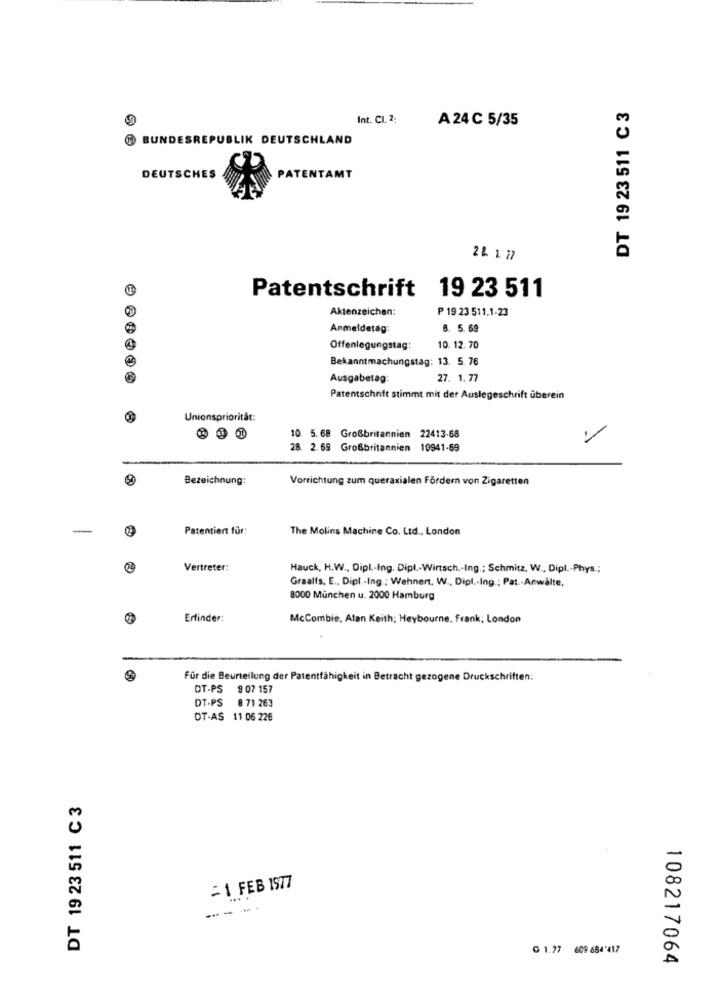
DT 19 23 511 C 3
Int. CI. 2;
A 24 C 5/35
BUNDESREPUBLIK DEUTSCHLAND
DEUTSCHES
PATENTAMT
28. 1 77
Patentschrift
19 23 511
Aktenzeichen:
₱ 19 23 511.1-23
Anmeldetag:
8. 5. 69
Offenlegungstag:
10. 12. 70
Bekanntmachungstag: 13. 5. 76
Ausgabetag:
27. 1.77
Patentschrift stimmt mit der Auslegeschrift überein
Unionsprioritat:
10. 5.68 Großbritannien 22413-68
28. 2.69 Großbritannien 10941-69
Bezeichnung:
Vorrichtung zum queraxialen Fordern von Zigaretten
-
Patentiert für:
The Molins Machine Co. Ltd ., London
Vertreter:
Hauck, H.W ., Dipl .- Ing, Dipl .- Wirtsch .- Ing .; Schmitz, W ., Dipl .- Phys .;
Graalfs, E ., Dipl .- Ing .: Wehnert, W ., Dipl .- Ing .: Pat .- Anwalte.
8000 München u. 2000 Hamburg
Erfinder:
McCombie, Alan Keith; Heybourne, Frank: London
CH
Für die Beurteilung der Patentfähigkeit in Betracht gezogene Druckschriften:
DT-PS 9 07 157
DT-PS 8 71 263
OT-AS 11 06 226
DT 19 23 511 C 3
=1 FEB 1977
--- --
C 1.77 609 684'417
108217064